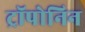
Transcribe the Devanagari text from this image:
ट्रॉपोनिन